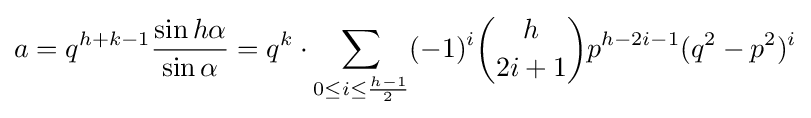
a=q^{h+k-1}{\frac {\sin h\alpha }{\sin \alpha }}=q^{k}\cdot \sum _{0\leq i\leq {\frac {h-1}{2}}}(-1)^{i}{\binom {h}{2i+1}}p^{h-2i-1}(q^{2}-p^{2})^{i}